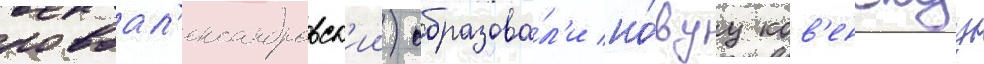
новоал'ександровск'ии) образова́л'и но́вуу ков'енскуу